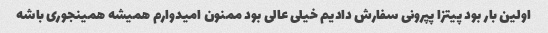
اولین بار بود پیتزا پپرونی سفارش دادیم خیلی عالی بود ممنون امیدوارم همیشه همینجوری باشه